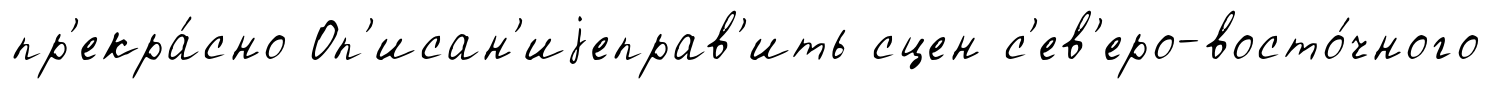
пр'екра́сно Оп'исан'иjеправ'ить сцен с'ев'еро-восто́чного